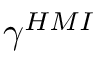
\gamma ^ { H M I }